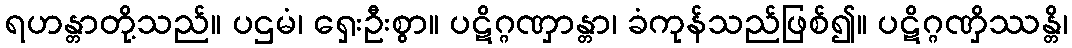
ရဟန္တာတို့သည်။ ပဌမံ၊ ရှေးဦးစွာ။ ပဋိဂ္ဂဏှာန္တာ၊ ခံကုန်သည်ဖြစ်၍။ ပဋိဂ္ဂဏှိဿန္တိ၊